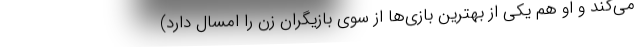
می‌کند و او هم یکی از بهترین بازی‌ها از سوی بازیگران زن را امسال دارد)